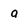
Character: a